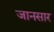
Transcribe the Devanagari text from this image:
जानसार